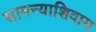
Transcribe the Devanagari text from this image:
सामन्याशिवाय